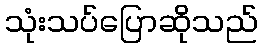
သုံးသပ်ပြောဆိုသည်